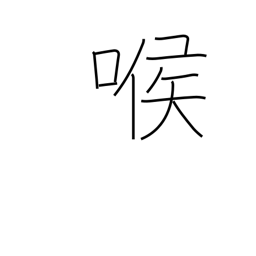
Meaning: voice